Scottish Leaving Certificate Examination, 1953
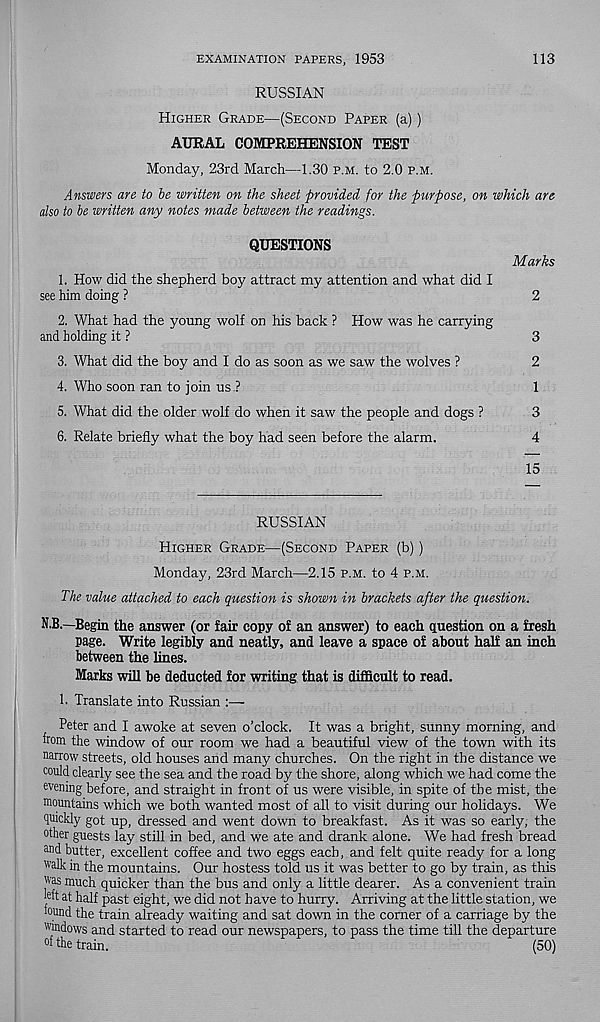
EXAMINATION PAPERS, 1953
113
RUSSIAN
Higher Grade—(Second Paper (a))
AURAL COMPREHENSION TEST
Monday, 23rd March—1.30 p.m. to 2.0 p.m.
Answers are to he written on the sheet provided for the purpose, on which are
also to he written any notes made between the readings.
QUESTIONS
1. How did the shepherd boy attract my attention and what did I
see him doing ?
2. What had the young wolf on his back ? How was he carrying
and holding it ?
3. What did the boy and I do as soon as we saw the wolves ?
4. Who soon ran to join us ?
5. What did the older wolf do when it saw the people and dogs ?
6. Relate briefly what the boy had seen before the alarm.
Marks
2
3
2
1
3
4
15
RUSSIAN
Higher Grade—(Second Paper (b))
Monday, 23rd March—2.15 p.m. to 4 p.m.
The value attached to each question is shown in brackets after the question.
N.B.—Begin the answer (or fair copy of an answer) to each question on a fresh
page. Write legibly and neatly, and leave a space of about half an inch
between the lines.
Marks will be deducted for writing that is difficult to read.
h Translate into Russian :—
Peter and I awoke at seven o’clock. It was a bright, sunny morning, and
from the window of our room we had a beautiful view of the town with its
narrow streets, old houses and many churches. On the right in the distance we
could clearly see the sea and the road by the shore, along which we had come the
evening before, and straight in front of us were visible, in spite of the mist, the
mountains which we both wanted most of all to visit during our holidays. We
quickly got up, dressed and went down to breakfast. As it was so early, the
other guests lay still in bed, and we ate and drank alone. We had fresh bread
and butter, excellent coffee and two eggs each, and felt quite ready for a long
walk in the mountains. Our hostess told us it was better to go by train, as this
was much quicker than the bus and only a little dearer. As a convenient train
left at half past eight, we did not have to hurry. Arriving at the little station, we
lound the train already waiting and sat down in the comer of a carriage by the
windows and started to read our newspapers, to pass the time till the departure
°f the train.
dp
p
p ^